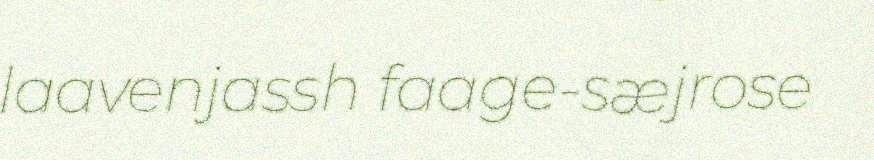
laavenjassh faage-sæjrose